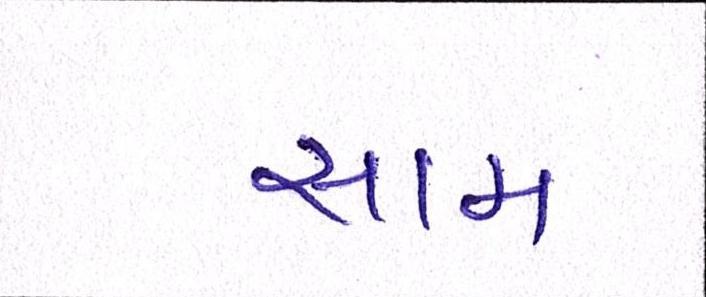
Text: સામ